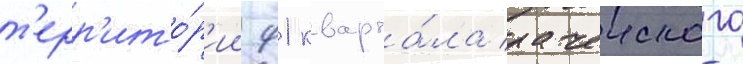
т'ерр'ито́р'ии 91 кварта́ла рачеиского